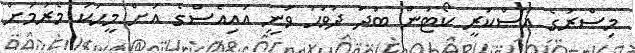
މިސްރުގެ އަސްކަރީ ކޯޓުން ބުދަ ދުވަހު ވަނީ އައިއެސްގެ އަށް މީހަކު މެރުމަށް